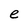
Character: e